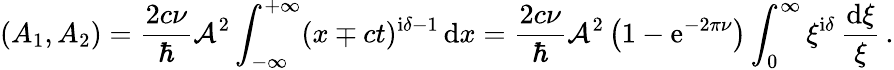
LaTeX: \left(A_{1},A_{2}\right)=\frac{2c\nu}{\hbar}{\cal A}^{2}\int_{-\infty}^{+\infty}(x\mp ct)^{\mathrm{i}\delta-1}\, \mathrm{d}x=\frac{2c\nu}{\hbar}{\cal A}^{2}\left(1-\mathrm{e}^{-2\pi\nu}\right)\int_{0}^{\infty}\xi^{\mathrm{i}\delta}\, \frac{\mathrm{d}\xi}{\xi}\, .